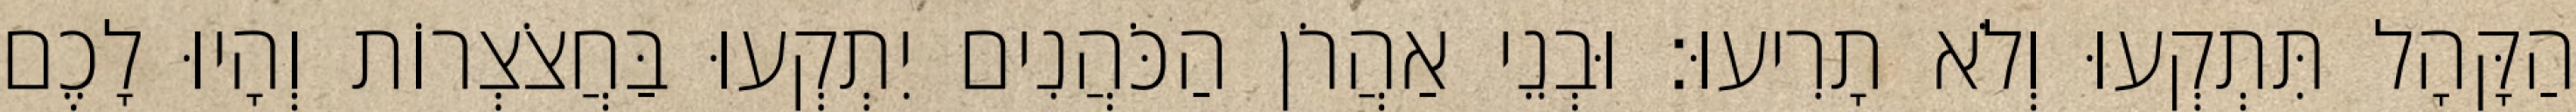
הַקָּהָל תִּתְקְעוּ וְלֹא תָרִיעוּ׃ וּבְנֵי אַהֲרֹן הַכֹּהֲנִים יִתְקְעוּ בַּחֲצֹצְרוֹת וְהָיוּ לָכֶם